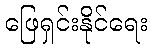
ဖြေရှင်းနိုင်ရေး